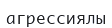
агрессиялы